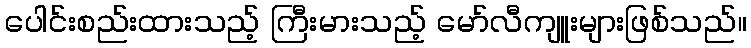
ပေါင်းစည်းထားသည့် ကြီးမားသည့် မော်လီကျူးများဖြစ်သည်။